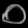
Digit: ၀